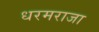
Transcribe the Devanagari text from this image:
धरमराजा